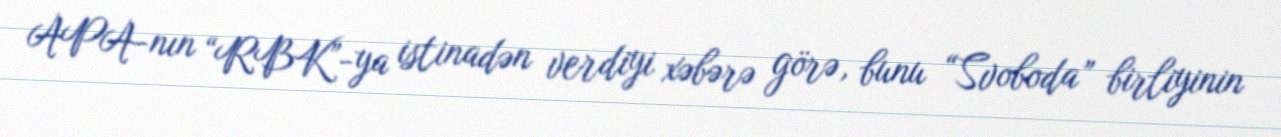
APA-nın “RBK”-ya istinadən verdiyi xəbərə görə, bunu “Svoboda” birliyinin